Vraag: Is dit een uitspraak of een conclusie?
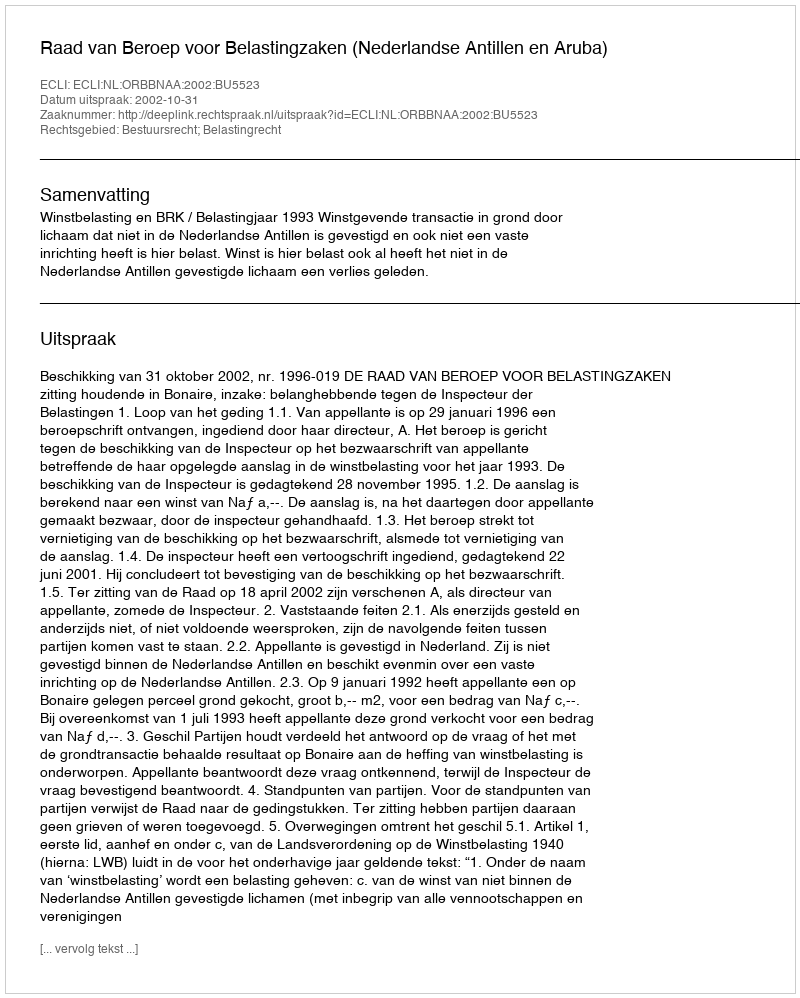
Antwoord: Uitspraak